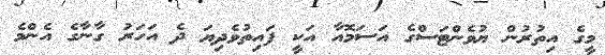
މީގެ އިތުރުން ޔުވެންޓަސްގެ އަސަމޮއާ އަކީ ފައިތުވެދިޔަ ދެ އަހަރު ގާނާގެ އެންމެ